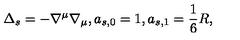
\Delta _ { s } = - \nabla ^ { \mu } \nabla _ { \mu } , a _ { s , 0 } = 1 , a _ { s , 1 } = \frac 1 6 R ,